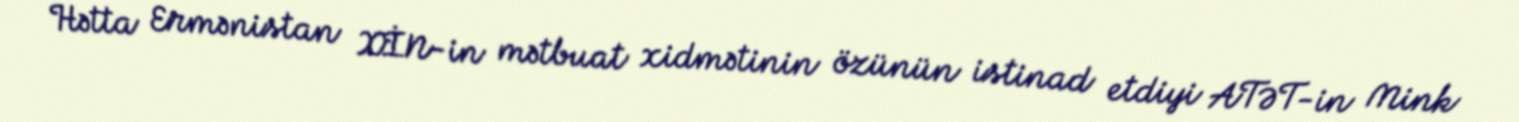
Hətta Ermənistan XİN-in mətbuat xidmətinin özünün istinad etdiyi ATƏT-in Mink